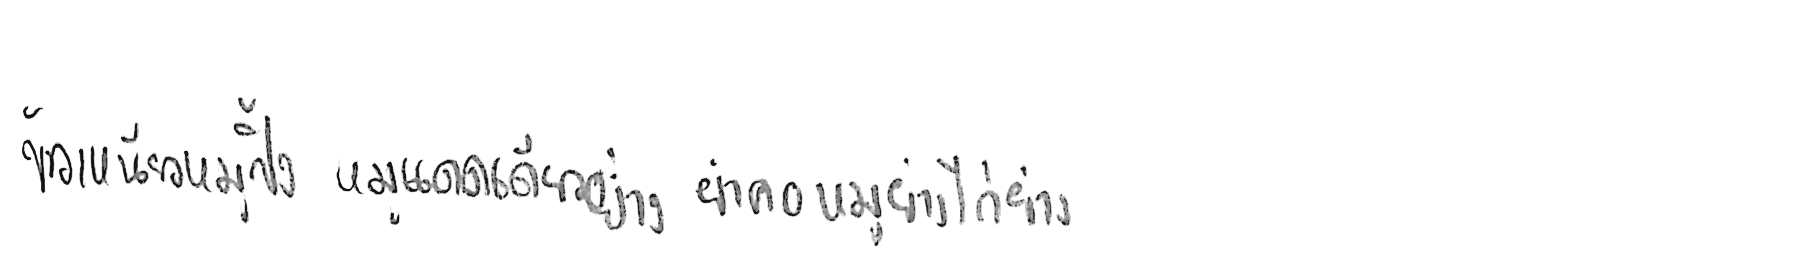
ข้าวเหนียวหมูปิ้ง หมูแดดเดียวย่าง ยำคอหมูย่าง ไก่ย่าง